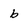
Character: b